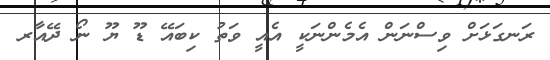
ރަނގަޅަށް ވިސްނަން އެމެންނަކީ އެއީ ވަތު ކިބައޭ ޑޫ ޔޫ ނޯ ދޭއާރ